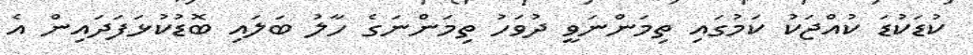
ކުޑަކުޑަ ކުއްޖަކު ކަމުގައި ތިމަންނަވީ ދުވަހު ތިމަންނަގެ ހާލު ބަލައި ބޮޑުކުޅަފަދައިން އެ